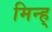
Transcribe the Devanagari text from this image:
मिन्ह्